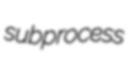
subprocess